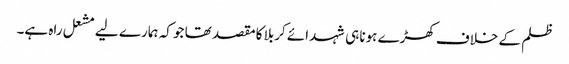
ظلم کے خلاف کھڑے ہونا ہی شہدائے کربلا کامقصد تھا جو کہ ہمارے لیے مشعل راہ ہے۔